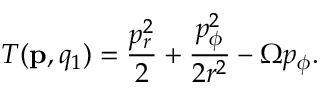
T ( \mathbf { p } , q _ { 1 } ) = \frac { p _ { r } ^ { 2 } } { 2 } + \frac { p _ { \phi } ^ { 2 } } { 2 r ^ { 2 } } - \Omega p _ { \phi } .